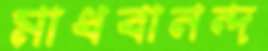
মাধবানন্দ